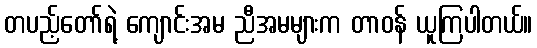
တပည့်တော်ရဲ့ ကျောင်းအမ ညီအမများက တာဝန် ယူကြပါတယ်။